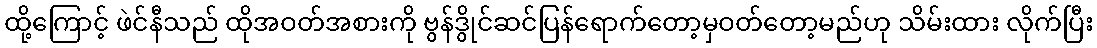
ထို့ကြောင့် ဖဲင်နီသည် ထိုအဝတ်အစားကို ဗွန်ဒွိုင်ဆင်ပြန်ရောက်တော့မှဝတ်တော့မည်ဟု သိမ်းထား လိုက်ပြီး